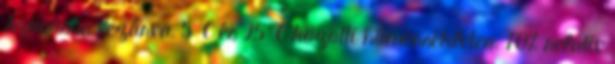
Szorosan lezárva, 5°C és 25°C közötti hőmérsékleten, 70% relatív